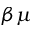
\beta \mu